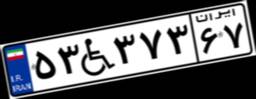
۱۷W۱۲۶۵۵